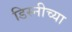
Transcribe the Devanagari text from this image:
डिस्नीच्या